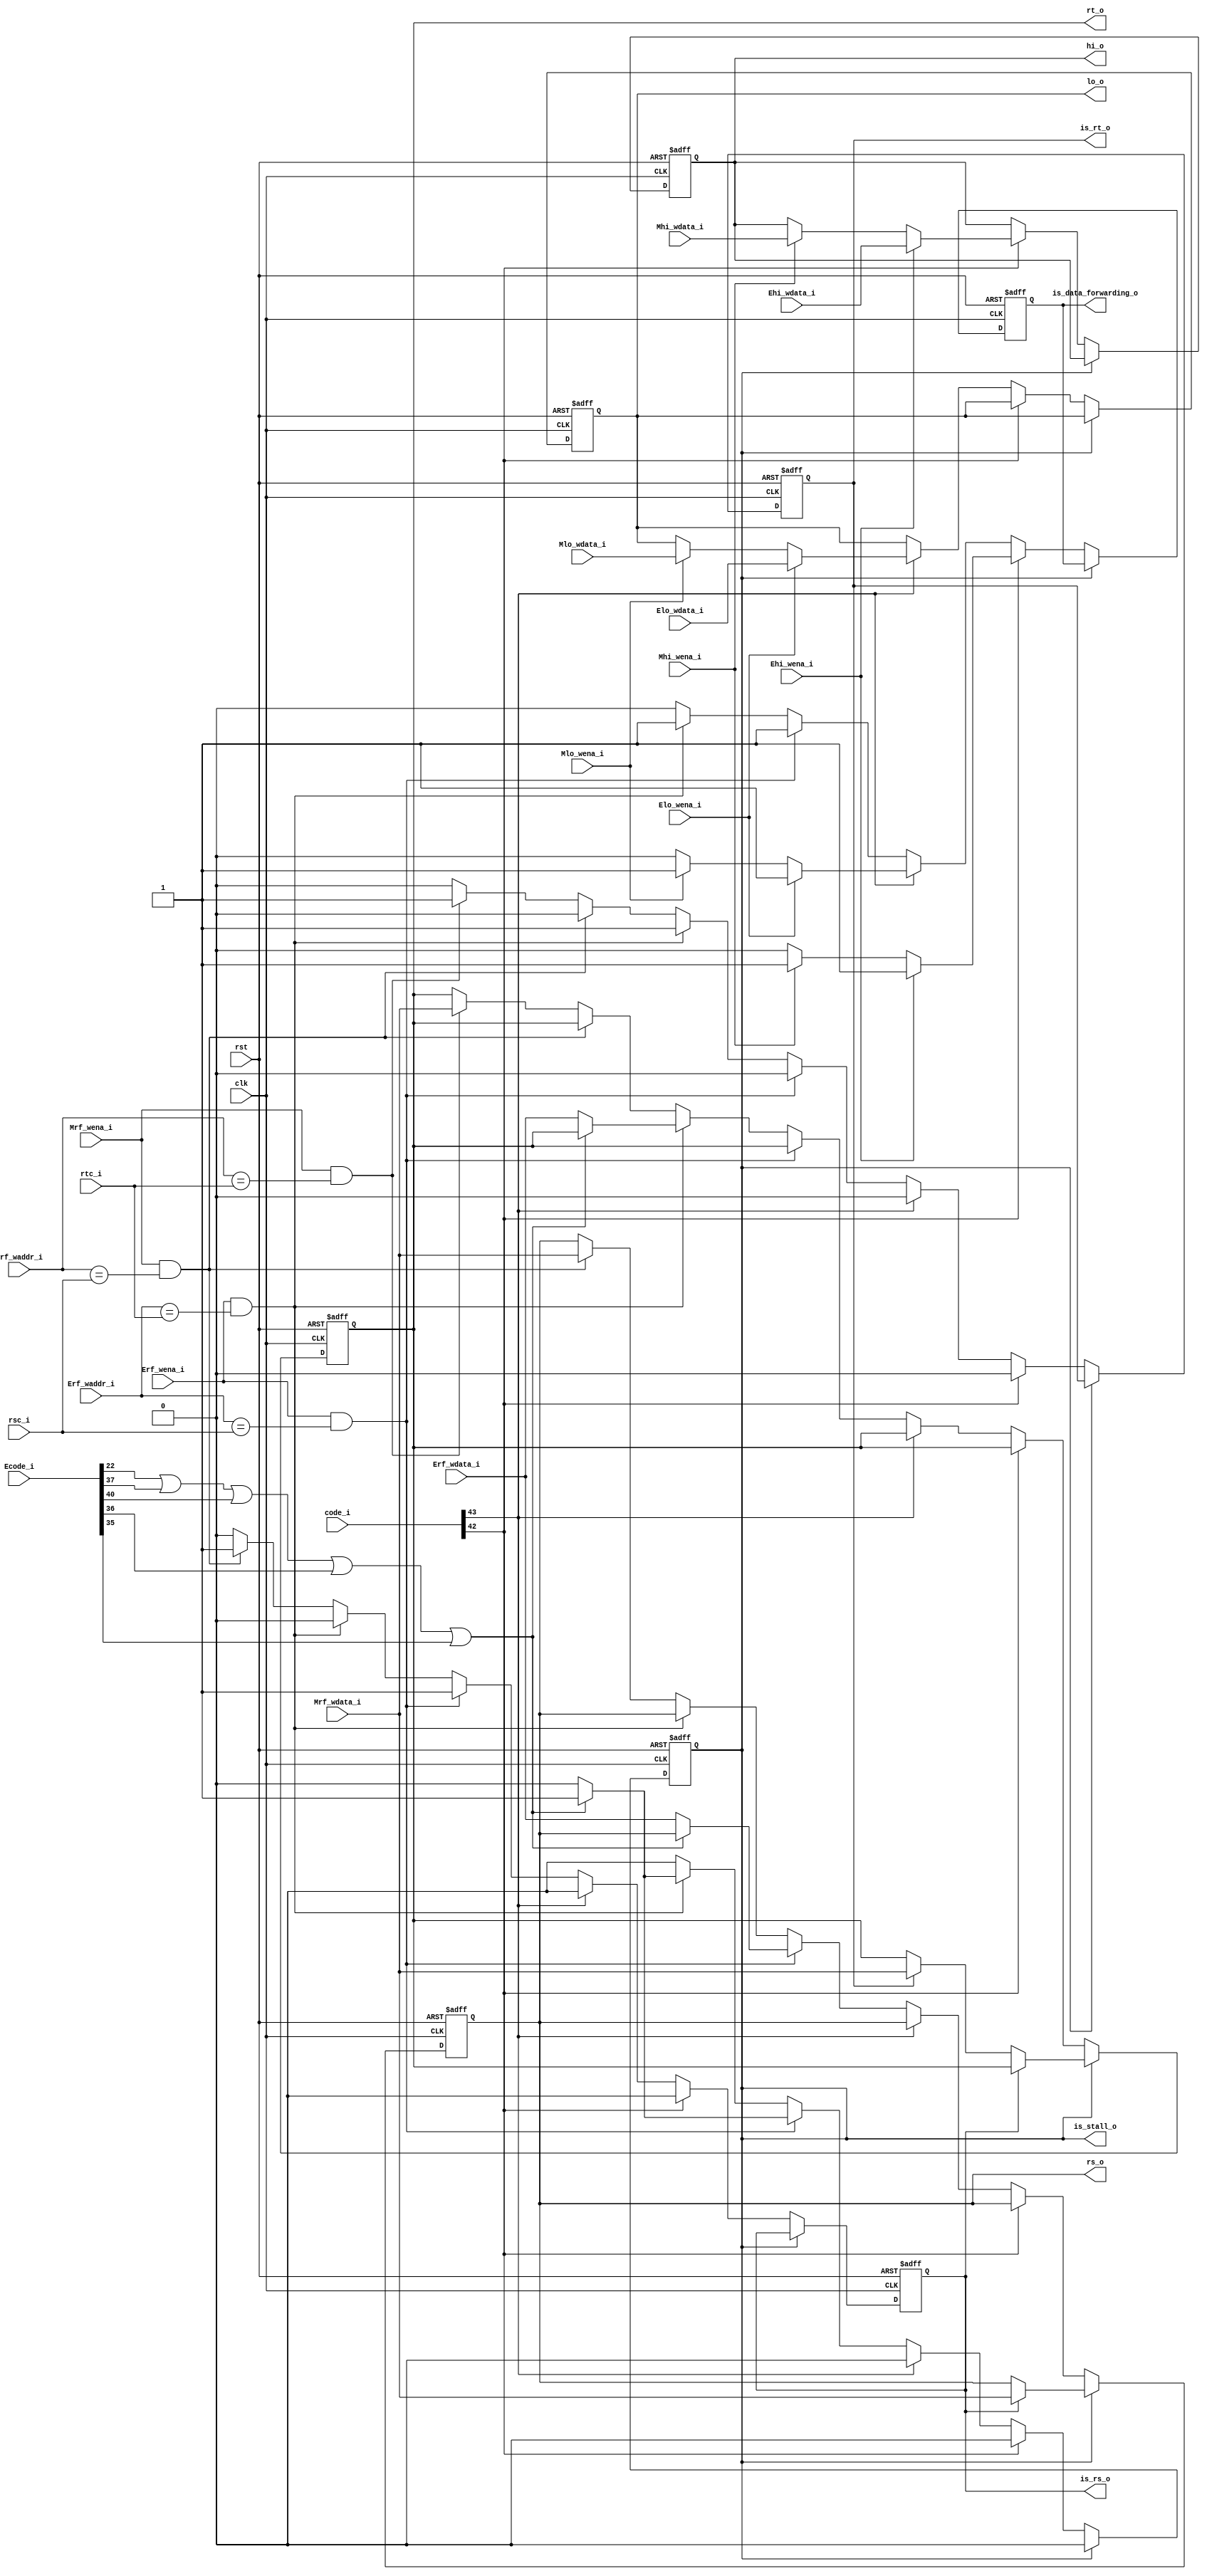
`timescale 1ns / 1ps

module DataForwarding(
    input clk,
    input rst,
    input [53:0] code_i,
    input [4:0] rsc_i,
    input [4:0] rtc_i,
    // Data from EXE  
	input [4:0] Erf_waddr_i, 
    input Erf_wena_i,
    input Ehi_wena_i,
    input Elo_wena_i,
    input [31:0] Ehi_wdata_i,
    input [31:0] Elo_wdata_i,
    input [31:0] Erf_wdata_i,
    input [53:0] Ecode_i,
	// Data from MEM
	input [4:0] Mrf_waddr_i, 
    input Mrf_wena_i,
    input Mhi_wena_i,
    input Mlo_wena_i,
    input [31:0] Mhi_wdata_i,
    input [31:0] Mlo_wdata_i,
    input [31:0] Mrf_wdata_i,
    output reg is_rs_o,
    output reg is_rt_o,
    output reg is_stall_o,
    output reg is_data_forwarding_o,
    output reg [31:0] rs_o,
    output reg [31:0] rt_o,
    output reg [31:0] hi_o,
    output reg [31:0] lo_o
);

    parameter Mfhi = 42;
    parameter Mflo = 43;
    parameter Lw = 22;
    parameter Lhu = 37;
    parameter Lh = 40;
    parameter Lbu = 36;
    parameter Lb = 35;
    
    wire Eis_load;
    
    assign Eis_load = Ecode_i[Lw] | Ecode_i[Lhu] | Ecode_i[Lh] | Ecode_i[Lbu] | Ecode_i[Lb];
    
    // posedge?
    always @ (posedge clk or posedge rst)
    begin
        if (rst)
        begin
        	is_rs_o <= 0;
        	is_rt_o <= 0;
            is_stall_o <= 0;
            is_data_forwarding_o <= 0;
            rs_o <= 0;
            rt_o <= 0;
            hi_o <= 0;
            lo_o <= 0;
        end // end of rst

        else if (is_stall_o == 1'b1)
        begin
            is_stall_o <= 1'b0;
            if (is_rs_o)
            	rs_o <= Mrf_wdata_i;
            else if (is_rt_o)
            	rt_o <= Mrf_wdata_i;
        end // end of stall
        
        else if (is_stall_o == 1'b0)
        begin
        	is_rs_o <= 1'b0;
        	is_rt_o <= 1'b0;
        	is_data_forwarding_o <= 1'b0;
        	
        	if (code_i[Mfhi])
        	begin
        		if (Ehi_wena_i)
        		begin
        			is_data_forwarding_o <= 1'b1;
        			hi_o <= Ehi_wdata_i;
        		end
        		
        		else if (Mhi_wena_i)
        		begin
        			is_data_forwarding_o <= 1'b1;
        			hi_o <= Mhi_wdata_i;
        		end
        	end // end of mfhi
        	
        	else if (code_i[Mflo])
        	begin
        		if (Elo_wena_i)
        		begin
        			is_data_forwarding_o <= 1'b1;
        			lo_o <= Elo_wdata_i;
        		end
        		
        		else if (Mlo_wena_i)
        		begin
        			is_data_forwarding_o <= 1'b1;
        			lo_o <= Mlo_wdata_i;
        		end
        	end // end of mflo
        	
        	else 
        	begin
        		if (Erf_wena_i && Erf_waddr_i == rsc_i)
        		begin
        			is_rs_o <= 1'b1;
        			is_data_forwarding_o <= 1'b1;
        			if (Eis_load)
        				is_stall_o <= 1'b1;
        			else
        				rs_o <= Erf_wdata_i;
        		end // end of Ers
        		
        		else if (Erf_wena_i && Erf_waddr_i == rtc_i)
        		begin
        			is_rt_o <= 1'b1;
        			is_data_forwarding_o <= 1'b1;
        			if (Eis_load)
        				is_stall_o <= 1'b1;
        			else
        				rt_o <= Erf_wdata_i;
        		end // end of Ert
        		
        		else if (Mrf_wena_i && Mrf_waddr_i == rsc_i)
        		begin
        			is_rs_o <= 1'b1;
        			rs_o <= Mrf_wdata_i;
        		end // end of Mrs
        		
        		else if (Mrf_wena_i && Mrf_waddr_i == rtc_i)
        		begin
        			is_rt_o <= 1'b1;
        			rt_o <= Mrf_wdata_i;
        		end // end of Mrt
        	end // end of rs & rt
        end // end of not stall
    end // end of always         

endmodule